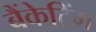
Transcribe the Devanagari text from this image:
बैंकेटिंग